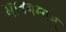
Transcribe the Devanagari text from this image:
भावगम्यम्